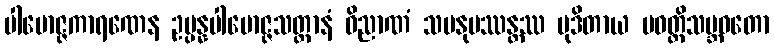
ပါမောဇ္ဇကာရဏေန ဥပ္ပန္နပါမောဇ္ဇသတ္တာနံ ဝိညာဏံ သမနုပဿန္တဿ မုဒိတာယ ပဝတ္တိသမ္ဘဝတော